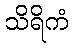
သိရိကံ